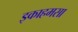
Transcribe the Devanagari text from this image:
इकाहमसा